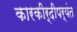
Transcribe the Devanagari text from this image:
कारकीर्दीपर्यंत